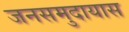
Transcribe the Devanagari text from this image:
जनसमुदायास